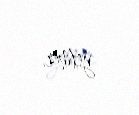
yetmir.